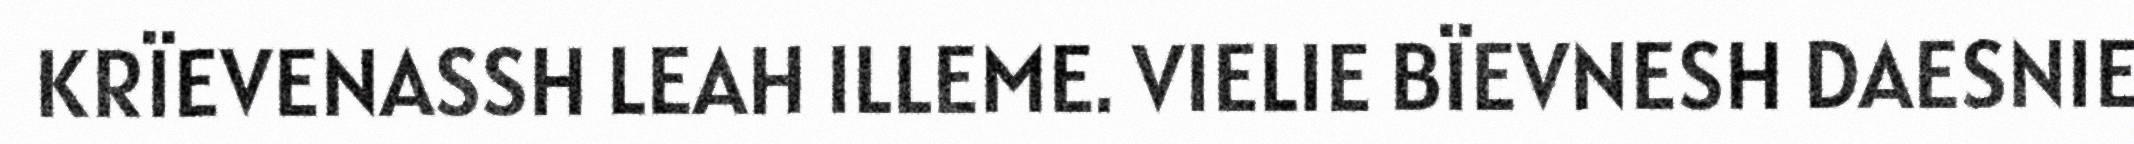
KRÏEVENASSH LEAH ILLEME. VIELIE BÏEVNESH DAESNIE